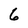
Character: 6